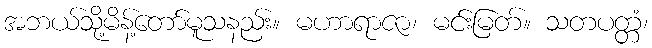
အဘယ်သို့မိန့်တော်မူသနည်း။ မဟာရာဇာ၊ မင်းမြတ်။ သတပတ္တံ၊